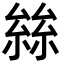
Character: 𡮟